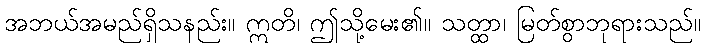
အဘယ်အမည်ရှိသနည်း။ ဣတိ၊ ဤသို့မေး၏။ သတ္ထာ၊ မြတ်စွာဘုရားသည်။